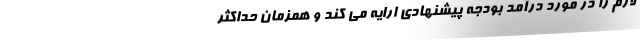
لازم را در مورد درآمد بودجه پیشنهادی ارایه می کند و همزمان حداکثر